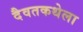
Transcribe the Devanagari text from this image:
दैवतकथेला